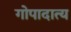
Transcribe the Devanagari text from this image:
गोपादात्य